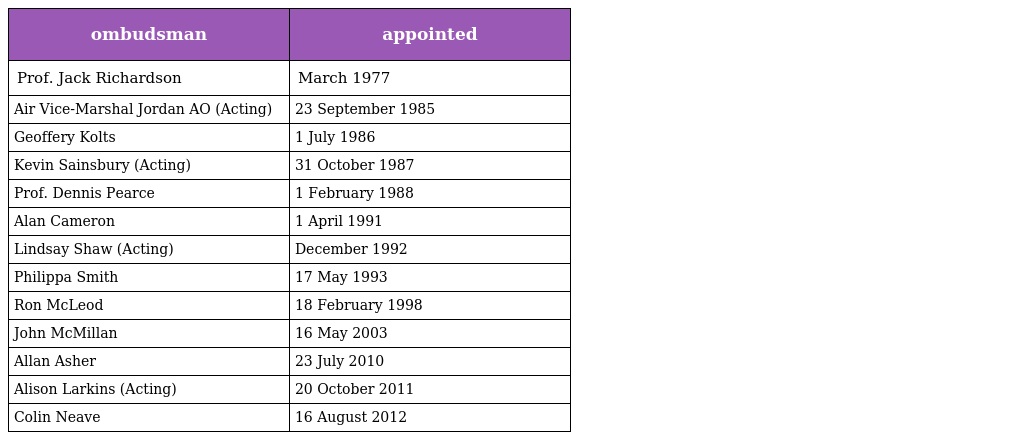
| ombudsman | appointed |
 | --- | --- |
 | Prof. Jack Richardson | March 1977 |
 | Air Vice-Marshal Jordan AO (Acting) | 23 September 1985 |
 | Geoffery Kolts | 1 July 1986 |
 | Kevin Sainsbury (Acting) | 31 October 1987 |
 | Prof. Dennis Pearce | 1 February 1988 |
 | Alan Cameron | 1 April 1991 |
 | Lindsay Shaw (Acting) | December 1992 |
 | Philippa Smith | 17 May 1993 |
 | Ron McLeod | 18 February 1998 |
 | John McMillan | 16 May 2003 |
 | Allan Asher | 23 July 2010 |
 | Alison Larkins (Acting) | 20 October 2011 |
 | Colin Neave | 16 August 2012 |